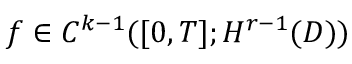
f \in C ^ { k - 1 } ( [ 0 , T ] ; H ^ { r - 1 } ( D ) )